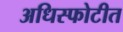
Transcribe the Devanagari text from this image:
अधिस्फोटीत